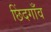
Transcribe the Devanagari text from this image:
छिंदगाँव